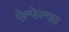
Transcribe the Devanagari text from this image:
ऐल्फेल्फा